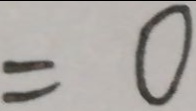
= 0